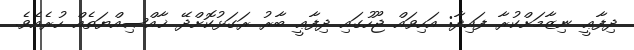
ދިފާޢީ ނިޒާމަށްކުރާ ފައިދާ: އަހިވައް ޖޫހުގައި ދިފާޢީ ބާރު ރަގަޅުކޮށްދޭ ޚާއްޞިއްޔަތެއް ހުރެއެވެ.